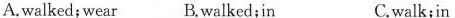
A.walked; wear B.Walked;in C.walk;in